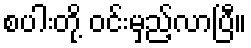
စပါးတို့ ဝင်းမှည့်လာပြီ။